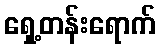
ရှေ့တန်းရောက်